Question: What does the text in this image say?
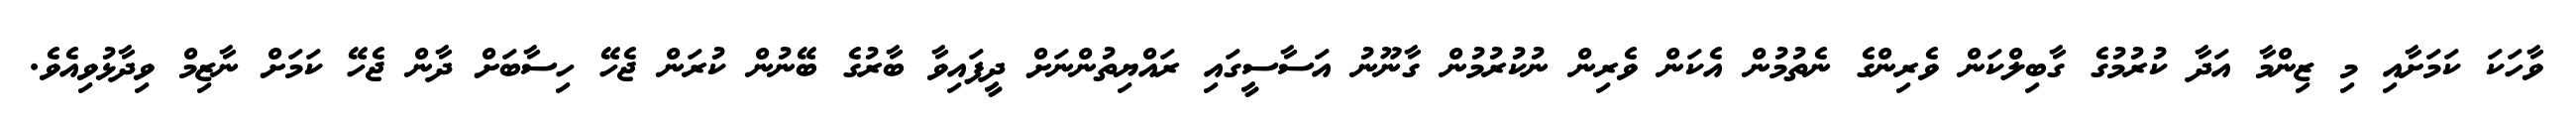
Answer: ވާހަކަ ކަމަށާއި މި ޒިންމާ އަދާ ކުރުމުގެ ގާބިލްކަން ވެރިންގެ ނެތުމުން އެކަން ވެރިން ނުކުރުމުން ގާނޫނު އަސާސީގައި ރައްޔިތުންނަށް ދީފައިވާ ބާރުގެ ބޭނުން ކުރަން ޖެހޭ ހިސާބަށް ދާން ޖެހޭ ކަމަށް ނާޒިމް ވިދާޅުވިއެވެ.